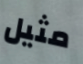
مثيل